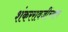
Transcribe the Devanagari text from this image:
शंकररावजींच्याच